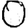
Digit: 0